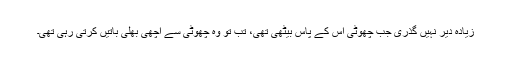
زیادہ دیر نہیں گذری جب چھوٹی اس کے پاس بیٹھی تھی، تب تو وہ چھوٹی سے اچھی بھلی باتیں کرتی رہی تھی۔